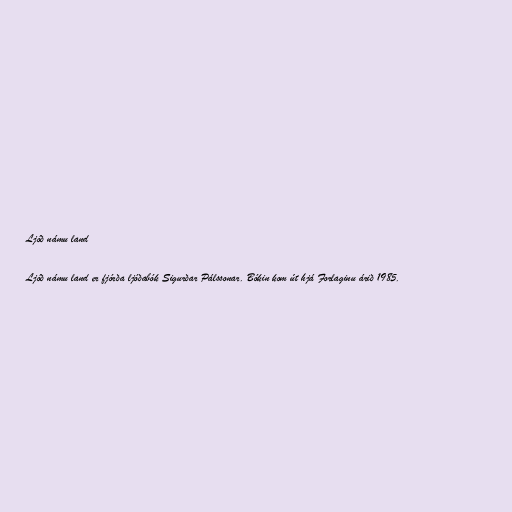
Ljóð námu land

Ljóð námu land er fjórða ljóðabók Sigurðar Pálssonar. Bókin kom út hjá Forlaginu árið 1985.